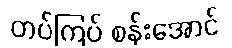
တပ်ကြပ် စန်းအောင်